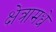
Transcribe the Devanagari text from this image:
क्षेत्रामधे